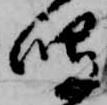
鳴